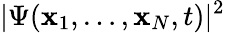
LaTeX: |\Psi({\mathbf x}_{1},\ldots,{\mathbf x}_{N},t)|^{2}